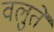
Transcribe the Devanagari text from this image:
वलुते